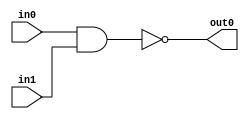
`timescale 1ns / 1ps
//////////////////////////////////////////////////////////////////////////////////
// Company: 
// Engineer: 
// 
// Design Name: 
// Module Name: nand2_gate
// Project Name: 
// Target Devices: 
// Tool Versions: 
// Description: 
// 
// Dependencies: 
// 
// Revision:
// Revision 0.01 - File Created
// Additional Comments:
// 
//////////////////////////////////////////////////////////////////////////////////


module nand2_gate(
    input in0,
    input in1,
    output out0
    );
    
    assign out0 = ~(in0 & in1);
endmodule